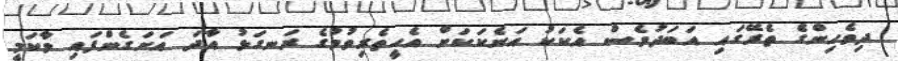
ދިވެހިންގެ ތެރޭގައި އަބަދުވެސް އެކަކު އަނެކަކަށް އެހީތެރިވުމުގެ ރަނގަޅު އާދަ އަށަގެންފައި ވާކަމީ